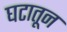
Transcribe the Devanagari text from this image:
घटातून